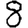
Digit: 8